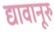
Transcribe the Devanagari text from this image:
द्यावानूरु